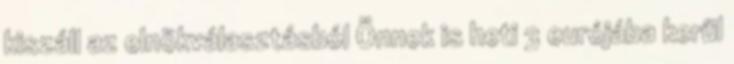
kiszáll az elnökválasztásból Önnek is heti 3 eurójába kerül